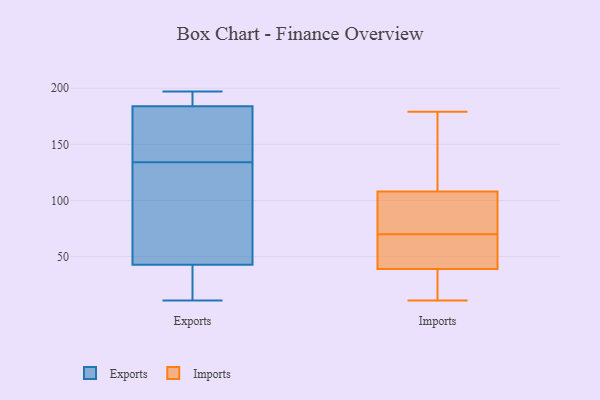
{"axis": {"x": "Latency (ms)", "y": "Value"}, "legend": ["Exports", "Imports"], "data": [{"x": "", "y": 134, "type": "Exports"}, {"x": "", "y": 191, "type": "Exports"}, {"x": "", "y": 186, "type": "Exports"}, {"x": "", "y": 197, "type": "Exports"}, {"x": "", "y": 178, "type": "Exports"}, {"x": "", "y": 114, "type": "Exports"}, {"x": "", "y": 32, "type": "Exports"}, {"x": "", "y": 25, "type": "Exports"}, {"x": "", "y": 146, "type": "Exports"}, {"x": "", "y": 177, "type": "Exports"}, {"x": "", "y": 104, "type": "Exports"}, {"x": "", "y": 196, "type": "Exports"}, {"x": "", "y": 75, "type": "Exports"}, {"x": "", "y": 25, "type": "Exports"}, {"x": "", "y": 11, "type": "Exports"}, {"x": "", "y": 24, "type": "Exports"}, {"x": "", "y": 118, "type": "Exports"}, {"x": "", "y": 164, "type": "Exports"}, {"x": "", "y": 194, "type": "Exports"}, {"x": "", "y": 137, "type": "Imports"}, {"x": "", "y": 45, "type": "Imports"}, {"x": "", "y": 173, "type": "Imports"}, {"x": "", "y": 58, "type": "Imports"}, {"x": "", "y": 35, "type": "Imports"}, {"x": "", "y": 11, "type": "Imports"}, {"x": "", "y": 73, "type": "Imports"}, {"x": "", "y": 89, "type": "Imports"}, {"x": "", "y": 32, "type": "Imports"}, {"x": "", "y": 179, "type": "Imports"}, {"x": "", "y": 72, "type": "Imports"}, {"x": "", "y": 39, "type": "Imports"}, {"x": "", "y": 68, "type": "Imports"}, {"x": "", "y": 108, "type": "Imports"}]}